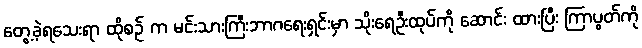
တွေ့ခဲ့ရသေးရာ ထိုစဉ် က မင်းသားကြီးဘာဂရေးရှင်းမှာ သိုးရေဦးထုပ်ကို ဆောင်း ထားပြီး ကြာပွတ်ကို